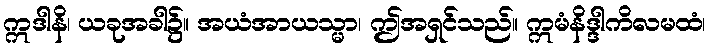
ဣဒါနိ၊ ယခုအခါ၌။ အယံအာယသ္မာ၊ ဤအရှင်သည်။ ဣမံနိဒ္ဒါကိလမထံ၊